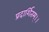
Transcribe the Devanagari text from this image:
प्रदार्शितम्।।